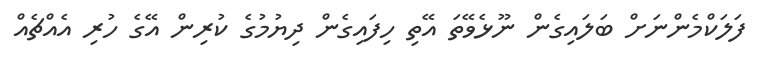
ފަލަކްމެންނަށް ބަލައިގެން ނޫޅެވޭތަ އޭތި ހިފައިގެން ދިޔުމުގެ ކުރިން އޭގެ ހުރި އެއްޗެއް